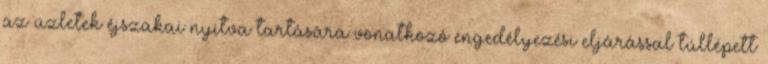
az üzletek éjszakai nyitva tartására vonatkozó engedélyezési eljárással túllépett